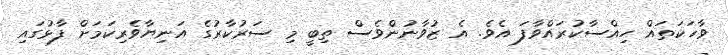
ވާހަކަތައް ހިއްސާކުރައްވާފަ އެވެ. އެ ޒުވާނުންވެސް ތިބީ މި ސަރުކާރުގެ އަނިޔާވެރިކަމަށް ފާޅުގައި